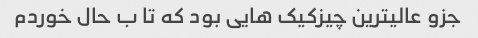
جزو عالیترین چیزکیک هایی بود که تا ب حال خوردم